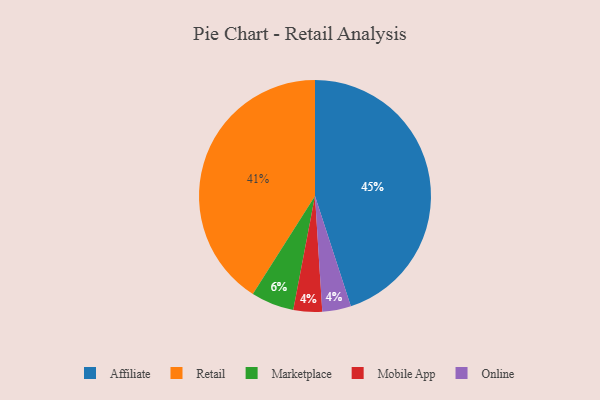
{"axis": {"x": "Category", "y": "Percentage"}, "legend": ["Affiliate", "Marketplace", "Mobile App", "Online", "Retail"], "data": [{"x": "Mobile App", "y": 4, "type": "Mobile App"}, {"x": "Online", "y": 4, "type": "Online"}, {"x": "Retail", "y": 41, "type": "Retail"}, {"x": "Affiliate", "y": 45, "type": "Affiliate"}, {"x": "Marketplace", "y": 6, "type": "Marketplace"}]}